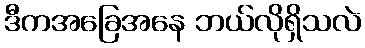
ဒီကအခြေအနေ ဘယ်လိုရှိသလဲ